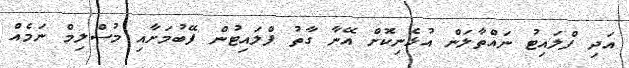
އަދި ފްލައިޓު ނައްތާލަން އުޅެނިކޮށް އޭނާ ގާތު ފްލައިޓުން ފޭބުމަށާއި މުސްލިމް ނަމެއް